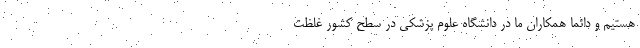
هستیم و دائماً همکاران ما در دانشگاه علوم پزشکی در سطح کشور غلظت